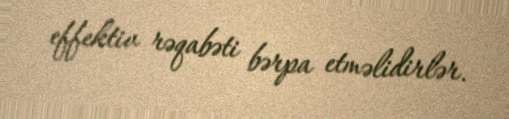
effektiv rəqabəti bərpa etməlidirlər.